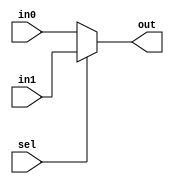
module Mux32Bit2To1(input[31:0] in0,
		input[31:0] in1,
		input sel,
		output[31:0] out);

	assign out = sel ? in1 : in0;

endmodule

module Mux5Bit2To1(input[4:0] in0,
		input[4:0] in1,
		input sel,
		output[4:0] out);

	assign out = sel ? in1 : in0;

endmodule

module Mux32Bit4To1(input[31:0] in0,
                    input[31:0] in1,
                    input[31:0] in2,
                    input[31:0] in3,
                    input[1:0] sel,
                    output reg[31:0] out);

    always @(sel, in0, in1, in2, in3)
        case (sel)
            0: out = in0;
            1: out = in1;
            2: out = in2;
            3: out = in3;
        endcase

endmodule